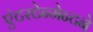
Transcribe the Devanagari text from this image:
एंटरटेन्मेन्टने